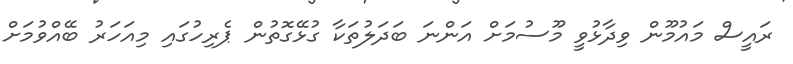
ރައީސް މައުމޫން ވިދާޅުވީ މޫސުމަށް އަންނަ ބަދަލުތަކާ ގުޅޭގޮތުން ޕެރިހުގައި މިއަހަރު ބޭއްވުމަށް